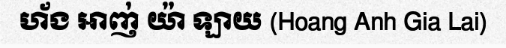
ហ័ង អាញ់ យ៉ា ឡាយ (Hoang Anh Gia Lai)